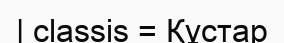
| classis = Құстар